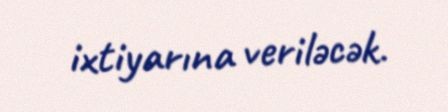
ixtiyarına veriləcək.